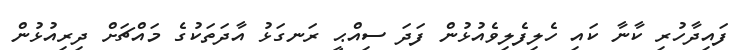
ފައިދާހުރި ކާނާ ކައި ހެލިފެލިވެއުޅުން ފަދަ ސިއްޙީ ރަނގަޅު އާދަތަކުގެ މައްޗަށް ދިރިއުޅުން